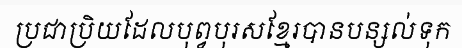
ប្រជាប្រិយដែលបុព្វបុរសខ្មែរបានបន្សល់ទុក